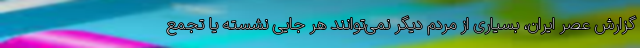
گزارش عصر ایران، بسیاری از مردم دیگر نمی‌توانند هر جایی نشسته یا تجمع